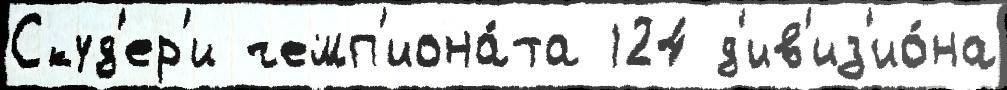
Скуд'ер'и чемп'иона́та 124 д'ив'из'ио́на